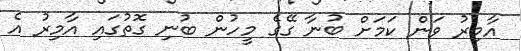
އާމިރު ވަން ކަމަށް ބުނާ ގޭގެ މީހުން ބުނި ގޮތުގައި އާމިރު އެ